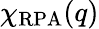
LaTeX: \chi_{\mathrm{RPA}}(q)